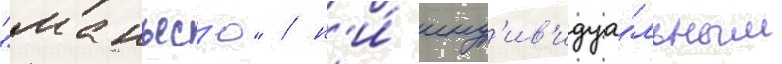
"манъес'ю" / н'и́ инд'ив'идуа́льным